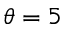
\theta = 5